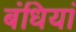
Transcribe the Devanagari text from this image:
बंधियां